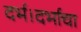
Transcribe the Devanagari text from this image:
दर्भ।दर्भाचा